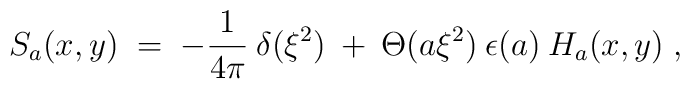
S_a(x,y) \;=\; -\frac{1}{4 \pi}\:\delta(\xi^2) \:+\: \Theta(a \xi^2) \:\epsilon(a) \:H_a(x,y) \;,